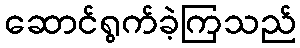
ဆောင်ရွက်ခဲ့ကြသည်